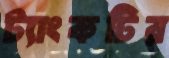
ট্যাংকটির